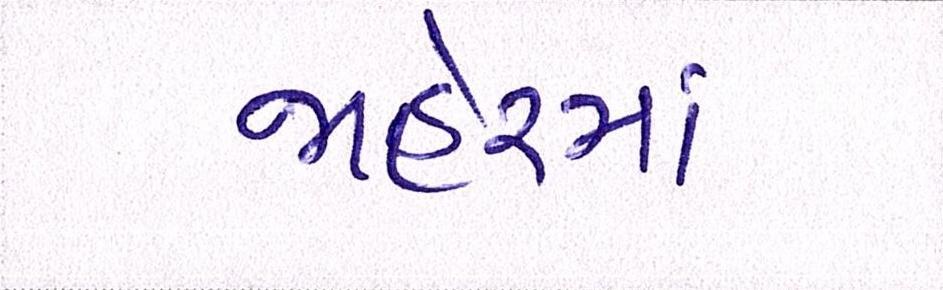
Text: જાહેરમાં